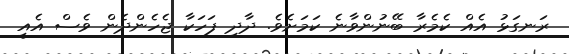
ރަނގަޅު އެއް ކެމެރާ ބޭނުންވާނެ ކަމަށެވެ. ދާދި ފަހަކާ ޖެހެންދެން ވެސް އެއީ